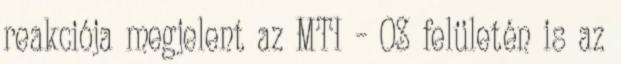
reakciója megjelent az MTI – OS felületén is az